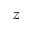
z